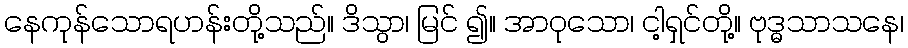
နေကုန်သောရဟန်းတို့သည်။ ဒိသွာ၊ မြင် ၍။ အာဝုသော၊ ငါ့ရှင်တို့။ ဗုဒ္ဓသာသနေ၊